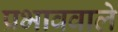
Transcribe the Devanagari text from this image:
प्रभाववाले